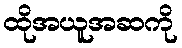
ထိုအယူအဆကို